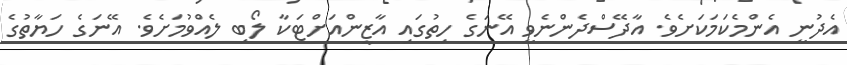
އެދުނީ އެންމެކަމަކަށެވެ. އާދޭސްދެންނެވީ އޭނަގެ ހިތުގައި އާޒީންއަށްޓަކާ ލޯބި ލެއްވުމަށެވެ. އޭނަގެ ހަޔާތުގެ